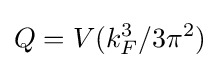
Q=V(k_{F}^{3}/3\pi ^{2})